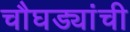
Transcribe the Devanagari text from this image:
चौघड्यांची